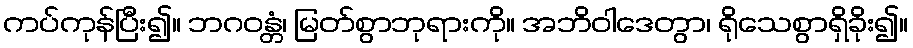
ကပ်ကုန်ပြီး၍။ ဘဂဝန္တံ၊ မြတ်စွာဘုရားကို။ အဘိဝါဒေတွာ၊ ရိုသေစွာရှိခိုး၍။